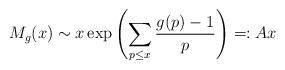
LaTeX: \begin{align*}M_g(x) \sim x\exp\left(\sum_{p \leq x} \frac{g(p)-1}{p}\right) =: Ax \end{align*}